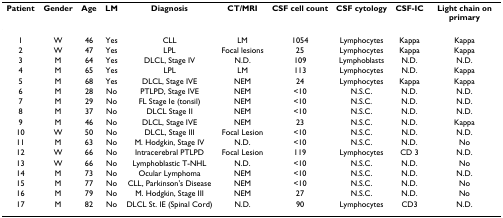
<table><thead><tr><td><b>Patient</b></td><td><b>Gender</b></td><td><b>Age</b></td><td><b>LM</b></td><td><b>Diagnosis</b></td><td><b>CT/MRI</b></td><td><b>CSF cell count</b></td><td><b>CSF cytology</b></td><td><b>CSF-IC</b></td><td><b>Light chain on primary</b></td></tr></thead><tbody><tr><td>1</td><td>W</td><td>46</td><td>Yes</td><td>CLL</td><td>LM</td><td>1054</td><td>Lymphocytes</td><td>Kappa</td><td>Kappa</td></tr><tr><td>2</td><td>W</td><td>47</td><td>Yes</td><td>LPL</td><td>Focal lesions</td><td>25</td><td>Lymphocytes</td><td>Kappa</td><td>Kappa</td></tr><tr><td>3</td><td>M</td><td>64</td><td>Yes</td><td>DLCL, Stage IV</td><td>N.D.</td><td>109</td><td>Lymphoblasts</td><td>N.D.</td><td>N.D.</td></tr><tr><td>4</td><td>M</td><td>65</td><td>Yes</td><td>LPL</td><td>LM</td><td>113</td><td>Lymphocytes</td><td>N.D.</td><td>Kappa</td></tr><tr><td>5</td><td>M</td><td>68</td><td>Yes</td><td>DLCL, Stage IVE</td><td>NEM</td><td>24</td><td>Lymphocytes</td><td>Kappa</td><td>Kappa</td></tr><tr><td>6</td><td>M</td><td>28</td><td>No</td><td>PTLPD, Stage IVE</td><td>NEM</td><td>&lt;10</td><td>N.S.C.</td><td>N.D.</td><td>N.D.</td></tr><tr><td>7</td><td>M</td><td>29</td><td>No</td><td>FL Stage Ie (tonsil)</td><td>NEM</td><td>&lt;10</td><td>N.S.C.</td><td>N.D.</td><td>N.D.</td></tr><tr><td>8</td><td>M</td><td>37</td><td>No</td><td>DLCL Stage II</td><td>NEM</td><td>&lt;10</td><td>N.S.C.</td><td>N.D.</td><td>N.D.</td></tr><tr><td>9</td><td>M</td><td>46</td><td>No</td><td>DLCL, Stage IVE</td><td>NEM</td><td>23</td><td>N.S.C.</td><td>N.D.</td><td>Kappa</td></tr><tr><td>10</td><td>W</td><td>50</td><td>No</td><td>DLCL, Stage III</td><td>Focal Lesion</td><td>&lt;10</td><td>N.S.C.</td><td>N.D.</td><td>N.D.</td></tr><tr><td>11</td><td>M</td><td>63</td><td>No</td><td>M. Hodgkin, Stage IV</td><td>N.D.</td><td>&lt;10</td><td>N.S.C.</td><td>N.D.</td><td>No</td></tr><tr><td>12</td><td>W</td><td>66</td><td>No</td><td>Intracerebral PTLPD</td><td>Focal Lesion</td><td>119</td><td>Lymphocytes</td><td>CD 3</td><td>N.D.</td></tr><tr><td>13</td><td>W</td><td>66</td><td>No</td><td>Lymphoblastic T-NHL</td><td>N.D.</td><td>&lt;10</td><td>N.S.C.</td><td>N.D.</td><td>No</td></tr><tr><td>14</td><td>M</td><td>73</td><td>No</td><td>Ocular Lymphoma</td><td>NEM</td><td>&lt;10</td><td>N.S.C.</td><td>N.D.</td><td>N.D.</td></tr><tr><td>15</td><td>M</td><td>77</td><td>No</td><td>CLL, Parkinson&#x27;s Disease</td><td>NEM</td><td>&lt;10</td><td>N.S.C.</td><td>N.D.</td><td>No</td></tr><tr><td>16</td><td>M</td><td>79</td><td>No</td><td>M. Hodgkin, Stage III</td><td>NEM</td><td>27</td><td>N.S.C.</td><td>N.D.</td><td>No</td></tr><tr><td>17</td><td>M</td><td>82</td><td>No</td><td>DLCL St. IE (Spinal Cord)</td><td>N.D.</td><td>90</td><td>Lymphocytes</td><td>CD3</td><td>N.D.</td></tr></tbody></table>